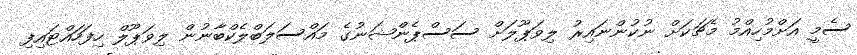
ސެމީ އަށްމުހިއްމު މެޗަކަށް ނުކުންނައިރު ލިވަޕޫލަށް ސަސްޕެންޝަނުގެ މައްސަލަބްލެކްބާނުން ލިވަޕޫލް ހިފަހައްޓައިފި